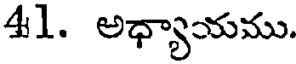
41. అధ్యాయము.